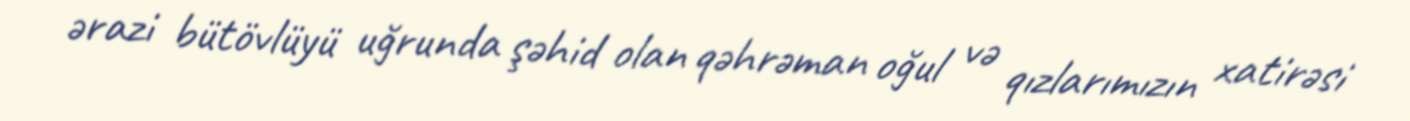
ərazi bütövlüyü uğrunda şəhid olan qəhrəman oğul və qızlarımızın xatirəsi